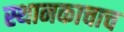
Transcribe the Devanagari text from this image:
स्थानकाचाच